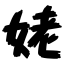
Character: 姥